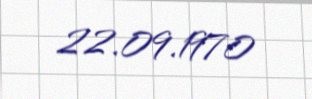
22.09.1970